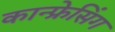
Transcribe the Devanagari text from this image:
कान्फ्रेसिंग